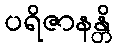
ပရိဇာနန္တိ